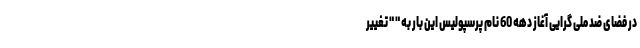
در فضای ضد ملی گرایی آغاز دهه 60 نام پرسپولیس این بار به " " تغییر